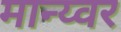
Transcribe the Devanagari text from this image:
मान्य्वर